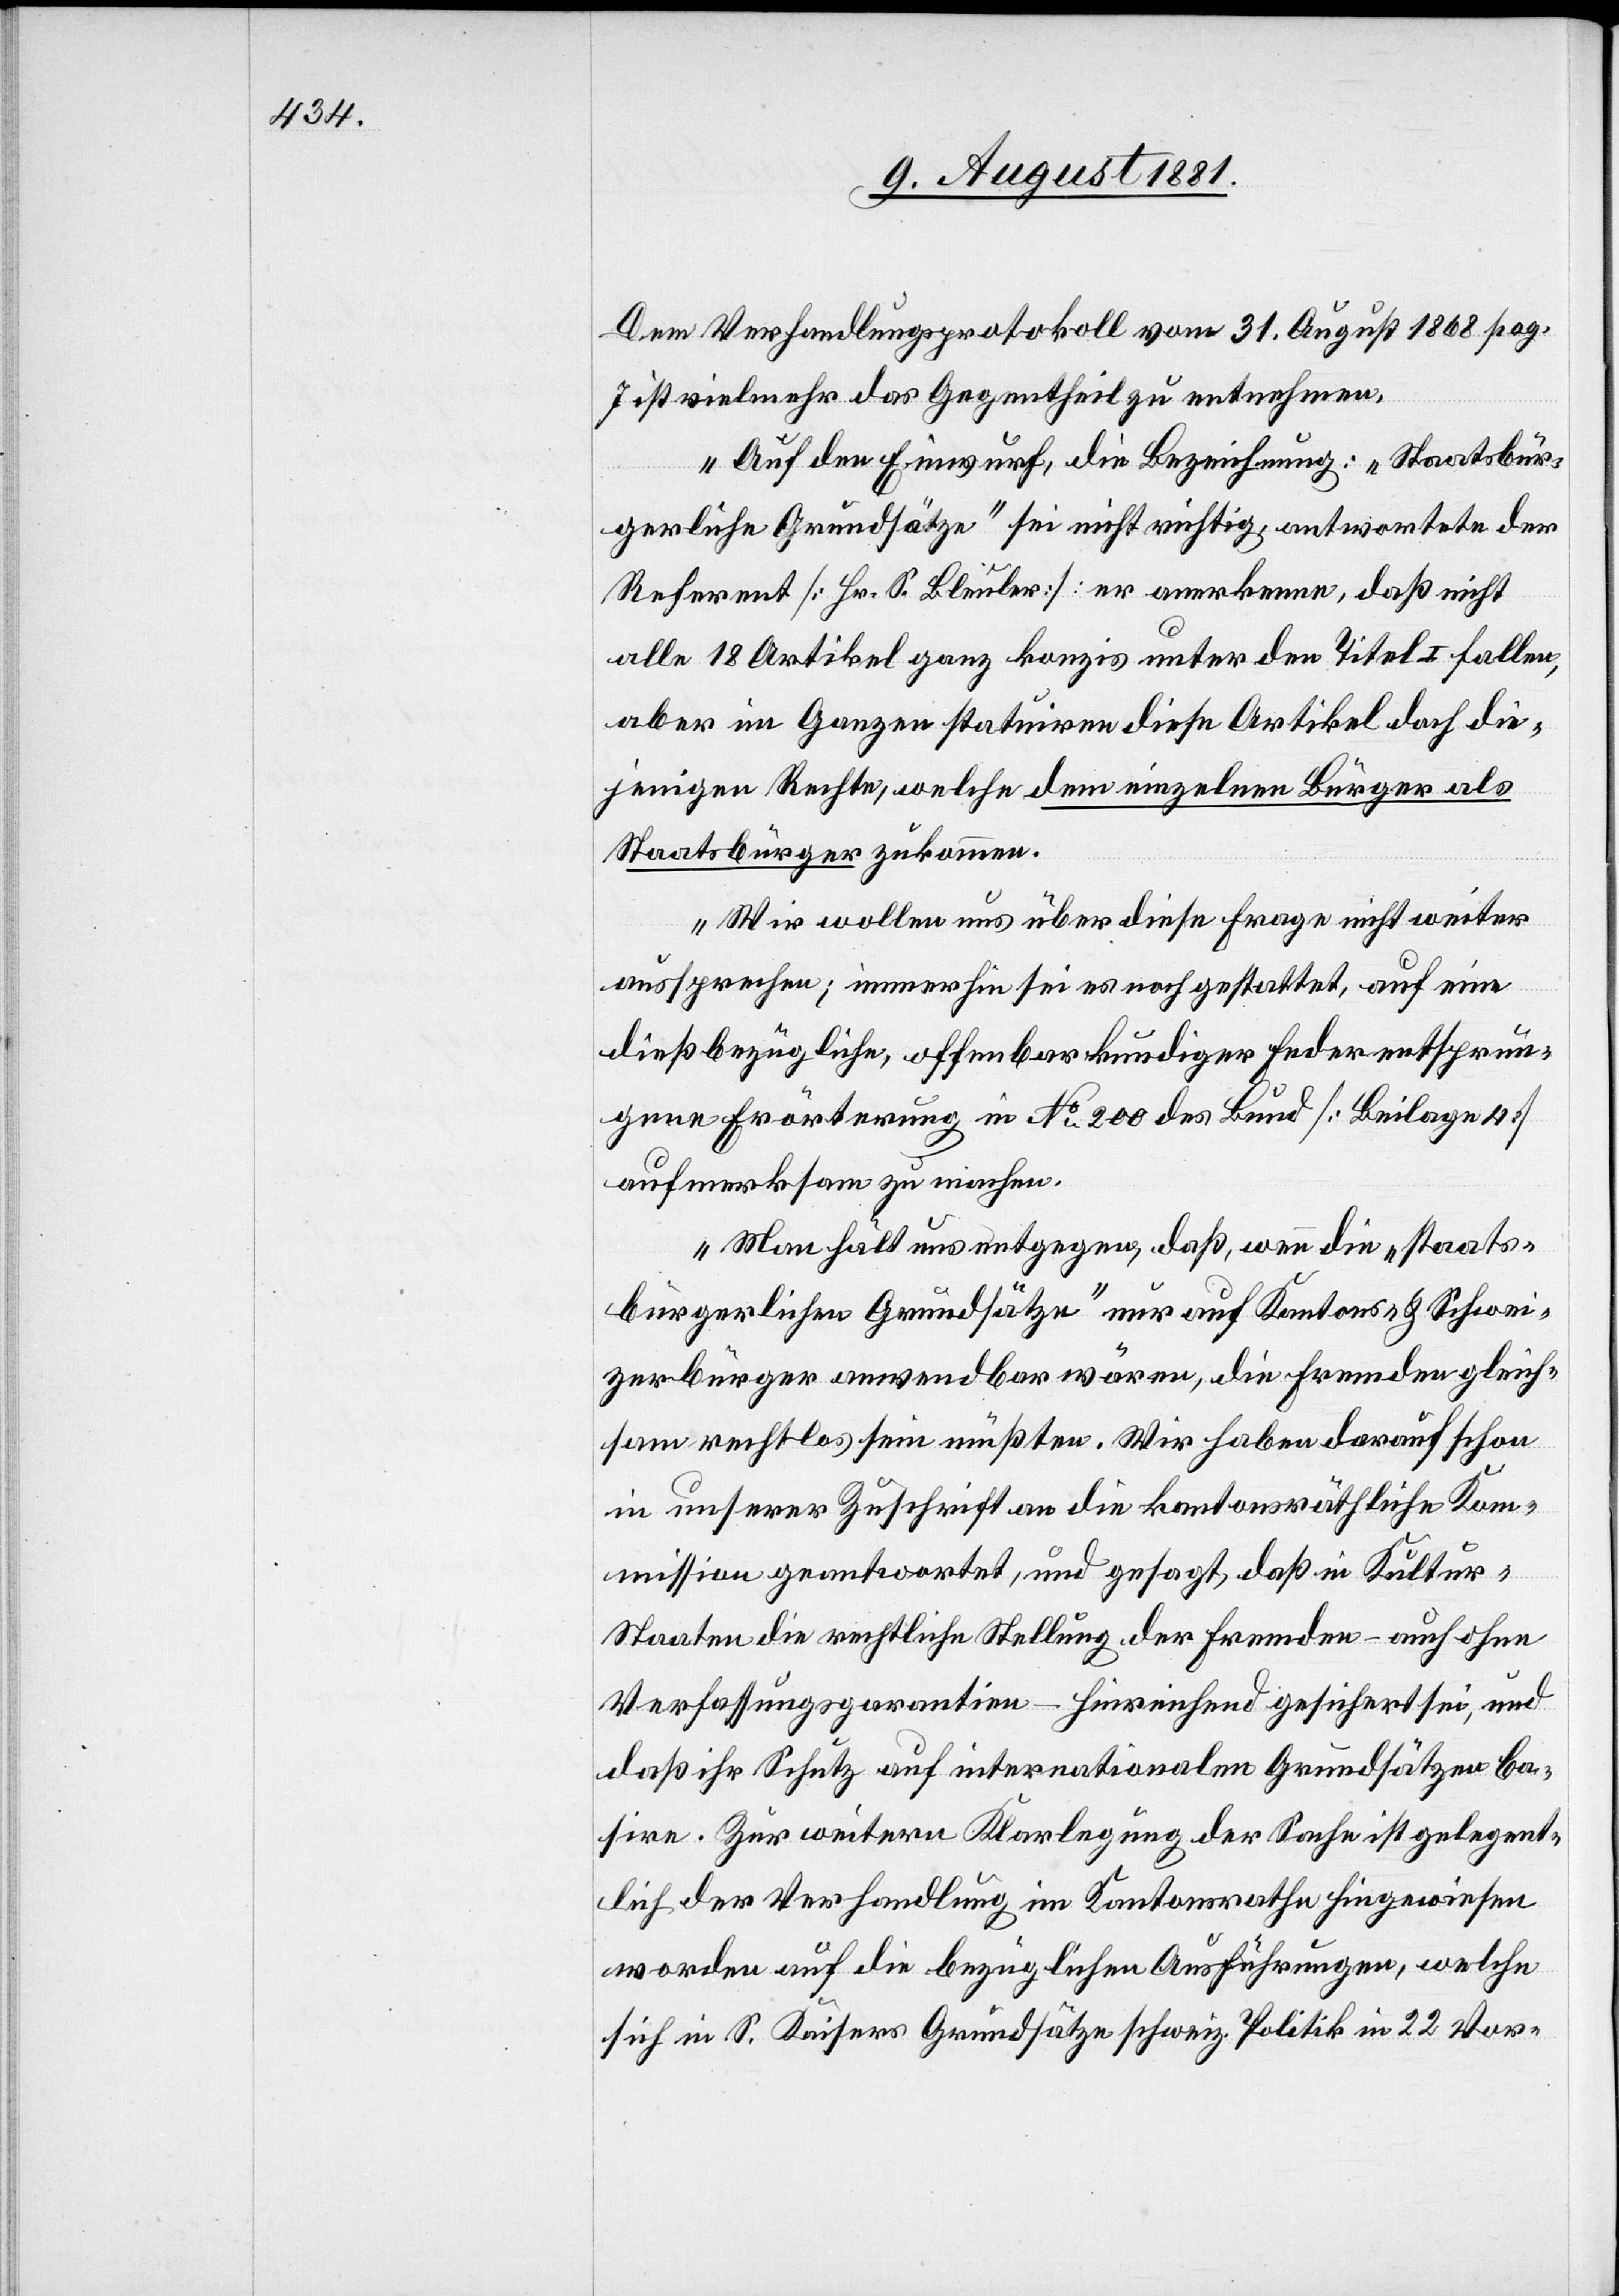
Dem Verhandlungsprotokoll vom 31. August 1868 pag.
7 ist vielmehr das Gegentheil zu entnehmen.
Auf den Einwurf, die Bezeichnung: „Staatsbür¬
gerliche Grundsätze“ sei nicht richtig, antwortete der
Referent [Hr. S. Bleuler] er anerkenne, daß nicht
alle 18 Artikel ganz konzis unter den Titel I fallen,
aber im Ganzen statuiren diese Artikel doch die¬
jenigen Rechte, welche dem einzelnen Bürger als
Staatsbürger zukommen.
Wir wollen uns über diese Frage nicht weiter
aussprechen; immerhin sei es noch gestattet, auf eine
dießbezügliche, offenbar kundiger Feder entsprun¬
gene Erörterung in No 200 des Bund [Beilage 4]
aufmerksam zu machen.
Man hält uns entgegen, daß wenn die „staats¬
bürgerlichen Grundsätze“ nur auf Kantons- & Schwei¬
zerbürgern anwendbar wären, die Fremden gleich¬
sam rechtlos sein müßten. Wir haben darauf schon
in unserer Zuschrift an die kantonsräthliche Kom¬
mission geantwortet, und gesagt, daß in Kultur-S¬
taaten die rechtliche Stellung der Fremden – auch ohne
Verfassungsgarantien – hinreichend gesichert sei, und
daß ihr Schutz auf internationalen Grundsätzen ba¬
sire. Zur weitern Klarlegung der Sache ist gelegent¬
lich der Verhandlung im Kantonsrathe hingewiesen
worden auf die bezüglichen Ausführungen, welche
sich in S. Kaisers Grundsätze schweiz. Politik in 22 Vor-